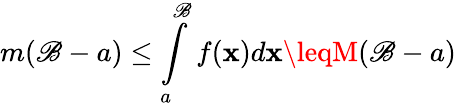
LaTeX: m(\mathscr{B}-a)\leq\int\limits_{a}^{\mathscr{B}}f(\mathbf{x})d\mathbf{x}\leqM(\mathscr{B}-a)